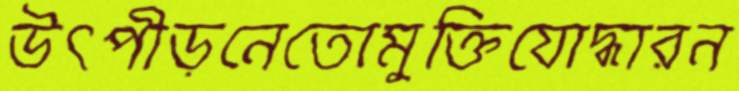
উত্পীড়নেতোমুক্তিযোদ্ধারন